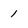
Character: 1